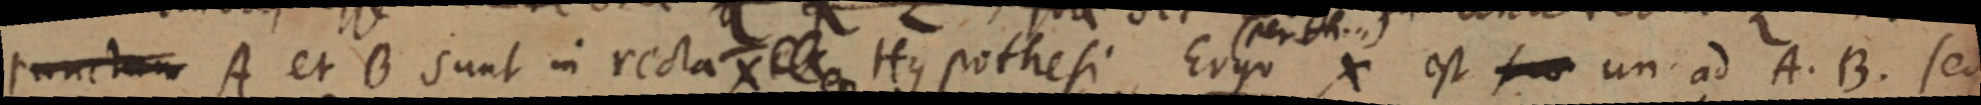
punctum A et B sunt in recta X _ Hypothesi Ergo X est _ un ad A. B. sed